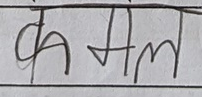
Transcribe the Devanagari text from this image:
कमल